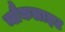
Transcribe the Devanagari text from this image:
ब्लैकलाइट